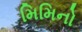
મિમિનો